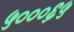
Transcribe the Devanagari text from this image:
५०००६५